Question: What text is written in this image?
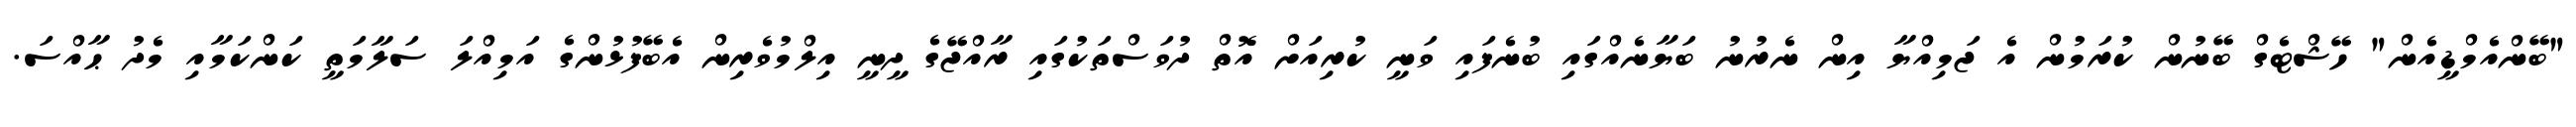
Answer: "ބޭންއެމްޑީއެން" ހޭޝްޓެގް ބޭނުން ކުރަމުން އެ ޖަމިއްޔާ އިން ނެރުނު ބަޔާނެއްގައި ބުނެފައި ވަނީ ކުރިއަށް އޮތް ދުވަސްތަކުގައި ރާއްޖޭގެ ދީނީ އިލްމުވެރިން އެބޭފުޅުންގެ އަމިއްލަ ސަލާމަތީ ކަންކަމާއި މެދު ޙާއްސަ.